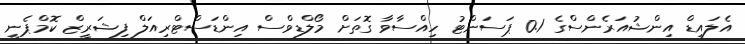
އެލައިޑް އިންޝުއަރެންސްގެ 0.1 ޕަސަންޓު ހިއްސާވާ ގޮތަށް މޯލްޑިވްސް އިންޑަސްޓްރިއަލް ފިޝަރީޒް ކޮމްޕެނީ